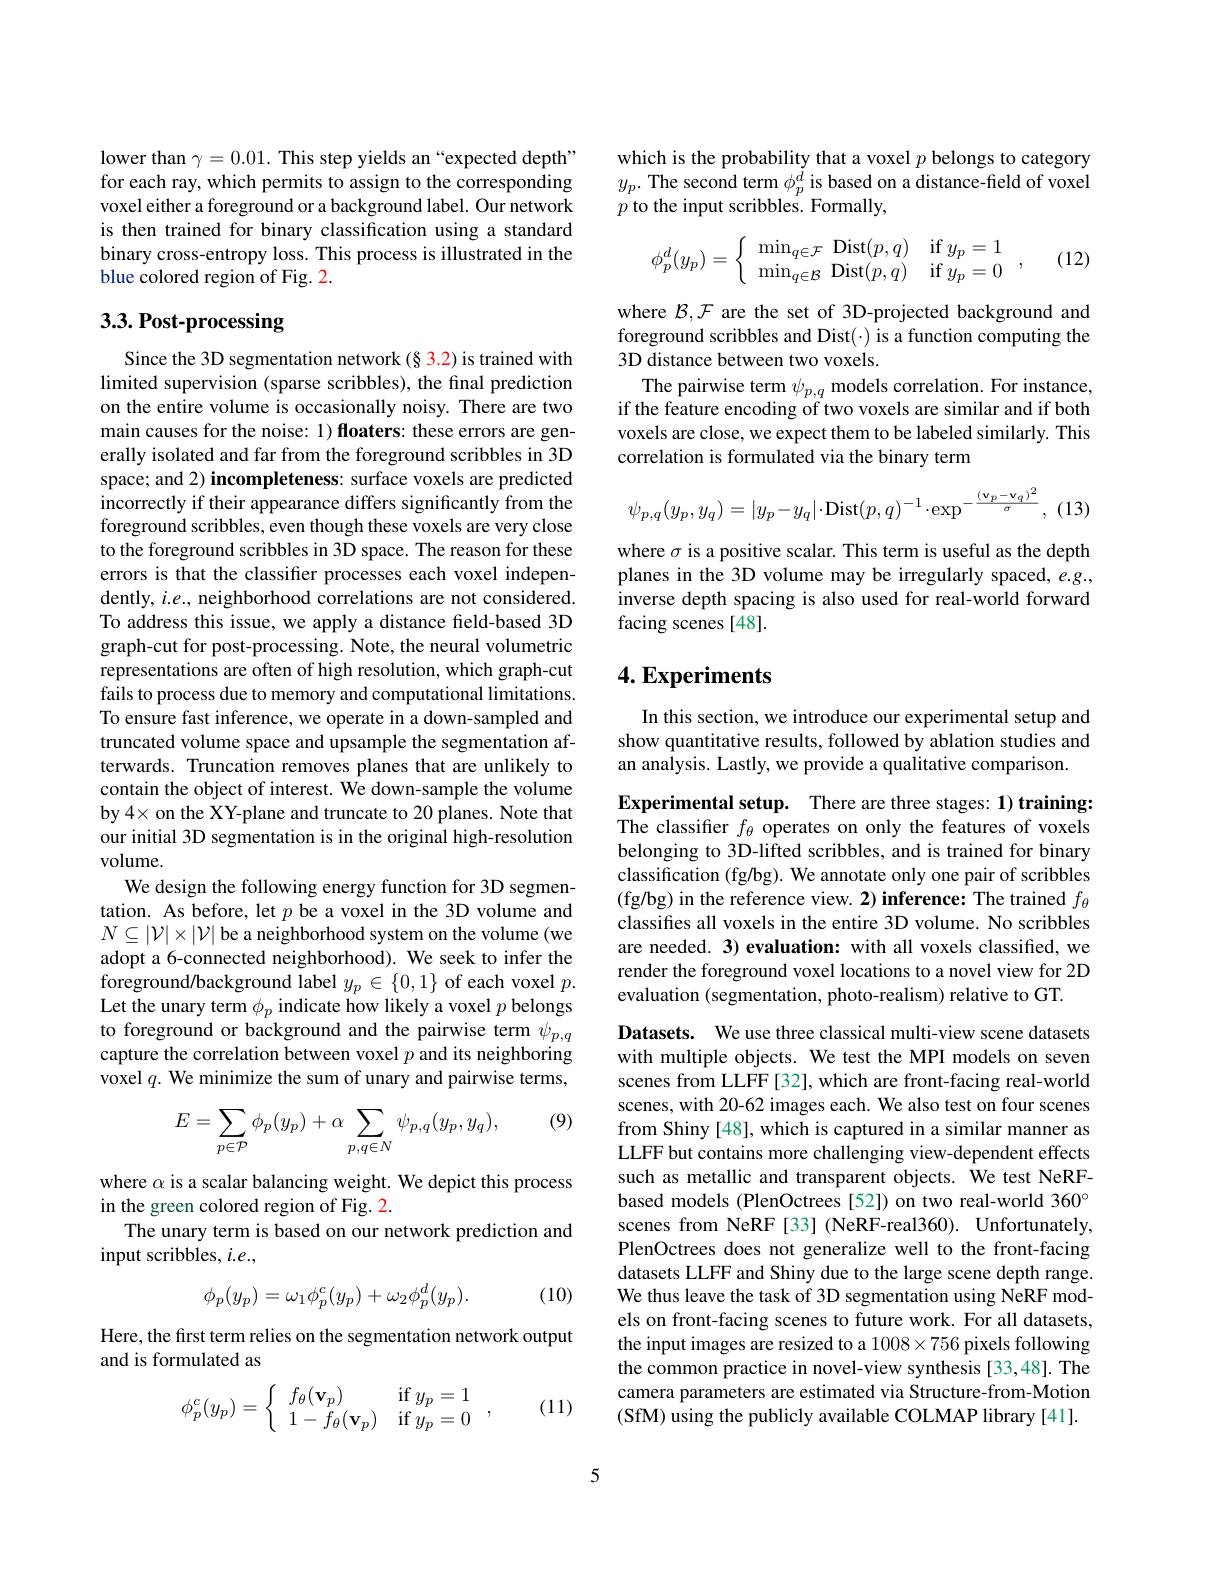
lower than $\gamma=0.01.$ This step yields an“expected depth” for each ray, which permits to assign to the corresponding voxel either a foreground or a background label. Our network is then trained for binary classification using a standard binary cross-entropy loss. This process is illustrated in the blue colored region of Fig. 2.

## $3. 3. \textbf{Post- processing}$

Since the 3D segmentation network (§ 3.2) is trained with limited supervision (sparse scribbles), the final prediction on the entire volume is occasionally noisy. There are two main causes for the noise: 1) floaters: these errors are generally isolated and far from the foreground scribbles in 3D space; and 2) incompleteness: surface voxels are predicted incorrectly if their appearance differs significantly from the foreground scribbles, even though these voxels are very close to the foreground scribbles in 3D space. The reason for these errors is that the classifier processes each voxel independently, $i.e.$, neighborhood correlations are not considered. To address this issue, we apply a distance field-based 3D graph-cut for post-processing. Note, the neural volumetric representations are often of high resolution, which graph-cut fails to process due to memory and computational limitations. To ensure fast inference, we operate in a down-sampled and truncated volume space and upsample the segmentation afterwards. Truncation removes planes that are unlikely to contain the object of interest. We down-sample the volume by 4× on the XY-plane and truncate to 20 planes. Note that our initial 3D segmentation is in the original high-resolution volume.
We design the following energy function for 3D segmentation. As before, let $p$ be a voxel in the 3D volume and $N\subseteq|\mathcal{V}|\times|\mathcal{V}|$ be a neighborhood system on the volume (we adopt a 6-connected neighborhood). We seek to infer the foreground/background label $y_p\in\{0,1\}$ of each voxel $p.$ Let the unary term $\phi_p$ indicate how likely a voxel $p$ belongs to foreground or background and the pairwise term $\psi_{p,q}$ capture the correlation between voxel $p$ and its neighboring voxel $q.$ We minimize the sum of unary and pairwise terms,

(9)
$$E=\sum_{p\in\mathcal{P}}\phi_p(y_p)+\alpha\sum_{p,q\in N}\psi_{p,q}(y_p,y_q),$$
where $\alpha$ is a scalar balancing weight. We depict this process
in the green colored region of Fig. 2.
The unary term is based on our network prediction and
input scribbles, $i.e.$,

(10)
$$\phi_p(y_p)=\omega_1\phi_p^c(y_p)+\omega_2\phi_p^d(y_p).$$
Here, the first term relies on the segmentation network output
and is formulated as

(11)
$$\phi_p^c(y_p)=\left\{\begin{array}{ll}f_\theta(\mathbf{v}_p)&\textrm{if}y_p=1\\1-f_\theta(\mathbf{v}_p)&\textrm{if}y_p=0\end{array}\right.,$$
which is the probability that a voxel $p$ belongs to category $y_{p}.$ The second term $\phi_p^{\tilde{d}}$ is based on a distance-field of voxel $p$ to the input scribbles. Formally,

(12)
$$\phi_p^d(y_p)=\left\{\begin{array}{ll}\min_{q\in\mathcal{F}}\:\mathrm{Dist}(p,q)&\mathrm{if}\:y_p=1\\\min_{q\in\mathcal{B}}\:\mathrm{Dist}(p,q)&\mathrm{if}\:y_p=0\end{array}\right.,$$
where $\mathcal{B},\mathcal{F}$ are the set of 3D-projected background and foreground scribbles and Dist(·) is a function computing the 3D distance between two voxels.
The pairwise term $\psi_{p,q}$ models correlation. For instance, if the feature encoding of two voxels are similar and if both voxels are close, we expect them to be labeled similarly. This correlation is formulated via the binary term
$$\psi_{p,q}(y_{p},y_{q})=|y_{p}-y_{q}|\cdot\mathrm{Dist}(p,q)^{-1}\cdot\exp^{-\frac{(\mathbf{v}_{p}-\mathbf{v}_{q})^{2}}{\sigma}},$$
, (13)

where $\sigma$ is a positive scalar. This term is useful as the depth planes in the 3D volume may be irregularly spaced, $e.g.$, inverse depth spacing is also used for real-world forward facing scenes [48].

## $4. \textbf{Experiments}$

In this section, we introduce our experimental setup and show quantitative results, followed by ablation studies and an analysis. Lastly, we provide a qualitative comparison.

Experimental setup. There are three stages: 1) training: The classifier $f_\theta$ operates on only the features of voxels belonging to 3D-lifted scribbles, and is trained for binary classification (fg/bg). We annotate only one pair of scribbles (fg/bg) in the reference view. 2) inference: The trained $f_\theta$ classifes all voxels in the entire 3D volume. No scribbles are needed. 3) evaluation: with all voxels classified, we render the foreground voxel locations to a novel view for 2D evaluation (segmentation, photo-realism) relative to GT.

Datasets. We use three classical multi-view scene datasets with multiple objects. We test the MPI models on seven scenes from LLFF [32], which are front-facing real-world scenes, with 20-62 images each. We also test on four scenes from Shiny [48], which is captured in a similar manner as LLFF but contains more challenging view-dependent effects such as metallic and transparent objects. We test NeRFbased models (PlenOctrees [52]) on two real-world 360° scenes from NeRF [33] (NeRF-real360). Unfortunately, PlenOctrees does not generalize well to the front-facing datasets LLFF and Shiny due to the large scene depth range. We thus leave the task of 3D segmentation using NeRF models on front-facing scenes to future work. For all datasets, the input images are resized to a $1008\times756$ pixels following the common practice in novel-view synthesis [33,48]. The camera parameters are estimated via Structure-from-Motion (SfM) using the publicly available COLMAP library [41].

5